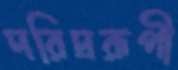
দরিদ্ররূপী